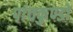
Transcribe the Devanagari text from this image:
पांचकुण्डों